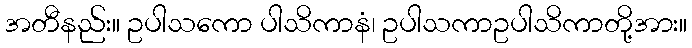
အတီနည်း။ ဥပါသကော ပါသိကာနံ၊ ဥပါသကာဥပါသိကာတို့အား။